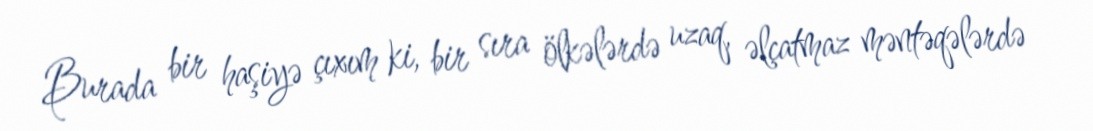
Burada bir haşiyə çıxım ki, bir sıra ölkələrdə uzaq, əlçatmaz məntəqələrdə